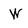
Character: W